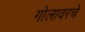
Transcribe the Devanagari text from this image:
गोलावरचे